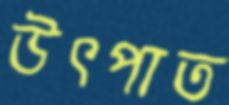
উৎপাত